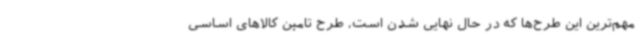
مهم‌ترین این طرح‌ها که در حال نهایی شدن است، طرح تامین کالاهای اساسی